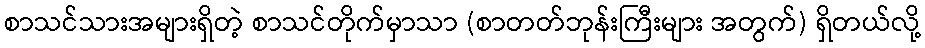
စာသင်သားအများရှိတဲ့ စာသင်တိုက်မှာသာ (စာတတ်ဘုန်းကြီးများ အတွက်) ရှိတယ်လို့